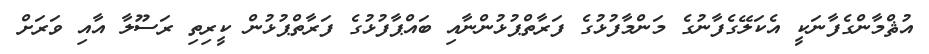
އުޘްމާންގެފާނަކީ އެކަލޭގެފާނުގެ މަންމާފުޅުގެ ފަރާތްޕުޅުންނާއި ބައްޕާފުޅުގެ ފަރާތްޕުޅުން ކީރިތި ރަސޫލާ އާއި ވަރަށް